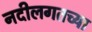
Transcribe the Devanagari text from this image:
नदीलगतच्या